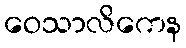
ဝေသာလိကေန